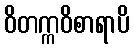
ဝိတက္ကဝိစာရာပိ